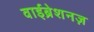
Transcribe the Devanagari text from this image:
वाईब्रेशनज़